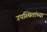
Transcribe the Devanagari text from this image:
उपस्थितांच्या